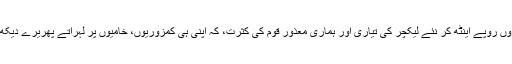
ایک لیکچر کے ہزاروں روپے اینٹھ کر نئے لیکچر کی تیاری اور ہماری معذور قوم کی کثرت، کہ اپنی ہی کمزوریوں، خامیوں پر لہراتے پھریرے دیکھ کر خوش ہوتے ہیں۔